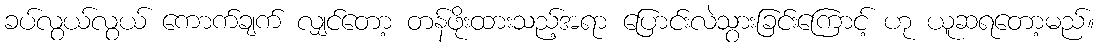
ခပ်လွယ်လွယ် ကောက်ချက် လျှင်တော့ တန်ဖိုးထားသည့်အရာ ပြောင်းလဲသွားခြင်းကြောင့် ဟု ယူဆရတော့မည်။